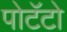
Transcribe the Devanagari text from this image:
पोटॅटो